Lunatic asylums in Bengal annual reports 1899-1911 - 1899-1911
Year: 1899
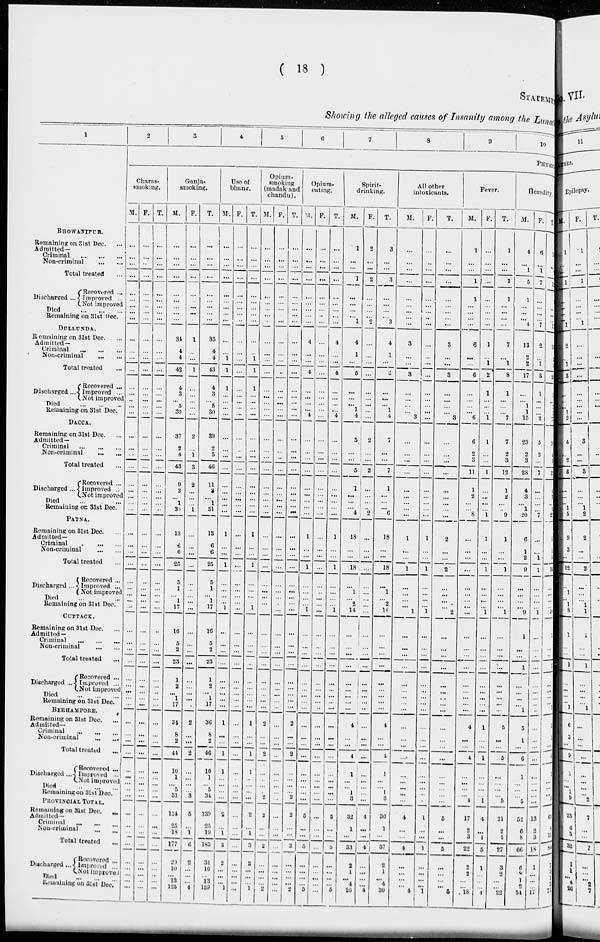
( 18 )
STATEMENT
Showing the alleged causes of Insanity among the Lunatic
1
BHOWANIPUR.
Remaining on 31st Dec. ...
Admitted—
Criminal
...
...
...
Non-criminal
...
...
Total treated ...
Discharged ...
Recovered ...
Improved ...
Not improved
Died
...
...
...
Remaining on 31st Dec.
DULLUNDA.
Remaining on 31st Dec. ...
Admitted —
Criminal
...
...
...
Non-criminal
...
...
Total treated ...
Discharged...
Recovered ...
Improved ...
Not improved
Died
...
...
...
Remaining on 31st Dec.
DACCA.
Remaining on 31st Dec. ...
Admitted—
Criminal
...
...
...
Non-criminal
...
...
Total treated ...
Discharged ...
Recovered ...
Improved ...
Not improved
Died ... ...
Remaining on 31st Dec.
PATNA.
Remaining on 31st Dec. ...
Admitted—
Criminal ... ...
Non-criminal
...
...
Total treated ...
Discharged ..
Recovered ...
Improved ...
Not improved
Died ... ...
Remaining on 31st Dec.
CUTTACK.
Remaining on 31st Dec.
Admitted —
Criminal
...
...
...
Non-criminal
...
...
Total treated ...
Discharged ...
Recovered ...
Improved ...
Not improved
Died
...
...
...
Remaining on 31st Dec.
BERHAMPORE.
Remaining on 31st Dec. ...
Admitted—
Criminal
...
...
...
Non-criminal
...
...
Total treated ...
Discharged ...
Recovered ...
Improved ...
Not improved
Died
...
...
...
Remaining on 31st Dec.
PROVINCIAL TOTAL.
Remaining on 31st Dec.
...
Admitted—
Criminal ... ... ...
Non-criminal
...
...
Total treated ...
Discharged ...
Recovered ...
Improved
...
Not-improved
Died
...
...
...
Remaining on 31st Dec.
2
3
4
5
6
7
8
9
10
PHYSIC
Charas-
smoking.
M.
...
...
...
...
...
...
...
...
...
...
...
...
...
...
...
...
...
...
...
...
...
...
...
...
...
...
...
...
...
...
...
...
...
...
...
...
...
...
...
...
...
...
...
...
...
...
...
...
...
...
...
...
...
...
...
...
...
...
...
...
...
...
...
F.
...
...
...
...
...
...
...
...
...
...
...
...
...
...
...
...
...
...
...
...
...
...
...
...
...
...
...
...
...
...
...
...
...
...
...
...
...
...
...
...
...
...
...
...
...
...
...
...
...
...
...
...
...
...
...
...
...
...
...
...
...
...
...
T.
...
...
...
...
...
...
...
...
...
...
...
...
...
...
...
...
...
...
...
...
...
...
...
...
...
...
...
...
...
...
...
...
...
...
...
...
...
...
...
...
...
...
...
...
...
...
...
...
...
...
...
...
...
...
...
...
...
...
...
...
...
...
...
Ganja-
smoking.
M.
...
...
...
...
...
...
...
...
...
34
4
4
42
4
3
...
5
30
37
2
4
43
9
3
...
1
30
13
6
6
25
5
1
...
1
17
16
5
2
23
1
2
...
1
17
34
8
2
44
10
1
...
5
31
134
25
18
177
29
10
...
13
125
F.
...
...
...
...
...
...
...
...
...
1
...
...
1
...
...
...
...
...
2
...
1
3
2
...
...
...
1
...
...
...
...
...
...
...
...
...
...
...
...
...
...
...
...
...
...
2
...
...
2
...
...
...
...
3
5
...
1
6
2
...
...
...
4
T.
...
...
...
...
...
...
...
...
...
35
4
4
43
4
3
...
5
30
39
2
5
46
11
3
...
1
31
13
6
6
25
5
1
...
1
17
16
5
2
23
1
2
...
1
17
36
8
2
46
10
1
...
5
34
139
25
19
183
31
10
...
13
129
Use of
bhang
M.
...
...
...
...
...
...
...
...
...
...
...
1
1
1
...
...
...
...
...
...
...
...
...
...
...
...
...
1
...
...
1
...
...
...
...
1
...
...
...
...
...
...
...
...
...
1
...
...
1
1
...
...
...
...
2
...
1
3
2
...
...
...
1
F.
...
...
...
...
...
...
...
...
...
...
...
...
...
...
...
...
...
...
...
...
...
...
...
...
...
...
...
...
...
...
...
...
...
...
...
...
...
...
...
...
...
...
...
...
...
...
...
...
...
...
...
...
...
...
...
...
...
...
...
...
...
...
...
T.
...
...
...
...
...
...
...
...
...
...
...
1
1
1
...
...
...
...
...
...
...
...
...
...
...
...
...
1
...
...
1
...
...
...
...
1
...
...
...
...
...
...
...
...
...
1
...
...
1
1
...
...
...
...
2
...
1
3
2
...
...
...
1
Opium-
smoking
(madak and
chandu).
M.
...
...
...
...
...
...
...
...
...
...
...
...
...
...
...
...
...
...
...
...
...
...
...
...
...
...
...
...
...
...
...
...
...
...
...
...
...
...
...
...
...
...
...
...
...
2
...
...
2
...
...
...
...
2
2
...
...
...
2
...
...
...
...
2
F.
...
...
...
...
...
...
...
...
...
...
...
...
...
...
...
...
...
...
...
...
...
...
...
...
...
...
...
...
...
...
...
...
...
...
...
...
...
...
...
...
...
...
...
...
...
...
...
...
...
...
...
...
...
...
...
...
...
...
...
...
...
...
...
...
T.
...
...
...
...
...
...
...
...
...
...
...
...
...
...
...
...
...
...
...
...
...
...
...
...
...
...
...
...
...
...
...
...
...
...
...
...
...
...
...
...
...
...
...
...
...
2
...
...
2
...
...
...
...
2
2
...
...
...
2
...
...
...
...
2
Opium-
eating.
M.
...
...
...
...
...
...
...
...
...
4
...
...
4
...
...
...
...
4
...
...
...
...
...
...
...
...
...
1
...
...
1
...
...
...
...
1
...
...
...
...
...
...
...
...
...
...
...
...
...
...
...
...
...
...
5
...
...
5
...
...
...
...
5
F.
...
...
...
...
...
...
...
...
...
...
...
...
...
...
...
...
...
...
...
...
...
...
...
...
...
...
...
...
...
...
...
...
...
...
...
...
...
...
...
...
...
...
...
...
...
...
...
...
...
...
...
...
...
...
...
...
...
...
...
...
...
...
...
T.
...
...
...
...
...
...
...
...
...
4
...
...
4
...
...
...
...
4
...
...
...
...
...
...
...
...
...
1
...
...
1
...
...
...
...
1
...
...
...
...
...
...
...
...
...
...
...
...
...
...
...
...
...
...
5
...
...
5
...
...
...
...
5
Spirit-
drinking.
M.
1
...
...
1
...
...
...
...
1
4
1
...
5
...
...
...
1
4
5
...
...
5
1
...
...
...
4
18
...
...
18
...
1
...
2
14
...
...
...
...
...
...
...
...
...
4
...
...
4
1
...
...
1
3
32
1
...
33
2
1
...
4
26
F.
2
...
...
2
...
...
...
...
2
...
...
...
...
...
...
...
...
...
2
...
...
2
...
...
...
...
2
...
...
...
...
...
...
...
...
...
...
...
...
...
...
...
...
...
...
...
...
...
...
...
...
...
...
...
4
...
...
4
...
...
...
...
4
T.
3
...
...
3
...
...
...
...
3
4
1
...
5
...
...
...
1
4
7
...
...
7
1
...
...
...
6
18
...
...
18
...
1
...
2
14
...
...
...
...
...
...
...
...
...
4
...
...
4
1
...
...
1
3
36
1
...
37
2
1
...
4
30
All other
intoxicants.
M.
...
...
...
...
...
...
...
...
...
3
...
...
3
...
...
...
...
3
...
...
...
...
...
...
...
...
...
1
...
...
1
...
...
...
...
1
...
...
...
...
...
...
...
...
...
...
...
...
...
...
...
...
...
...
4
...
...
4
...
...
...
...
4
F.
...
...
...
...
...
...
...
...
...
...
...
...
...
...
...
...
...
...
...
...
...
...
...
...
...
...
...
1
...
...
1
...
...
...
...
1
...
...
...
...
...
...
...
...
...
...
...
...
...
...
...
...
...
...
1
...
...
1
...
...
...
...
1
T.
...
...
...
...
...
...
...
...
...
3
...
...
3
...
...
...
...
3
...
...
...
...
...
...
...
...
...
2
...
...
2
...
...
...
...
2
...
...
...
...
...
...
...
...
...
...
...
...
...
...
...
...
...
...
5
...
...
5
...
...
...
...
5
Fever.
M.
1
...
...
1
1
...
...
...
...
6
...
...
6
...
...
...
6
6
2
3
11
1
2
...
...
8
...
...
...
...
...
...
...
...
...
...
...
...
...
...
...
...
...
...
4
...
...
4
...
...
...
...
4
17
2
3
22
2
2
...
...
18
F.
...
...
...
...
...
...
...
...
...
1
...
1
2
1
...
...
1
1
...
...
1
...
...
...
...
1
1
...
...
1
...
...
...
...
1
...
...
...
...
...
...
...
...
...
1
...
...
1
...
...
...
...
1
4
...
1
5
1
...
...
...
4
T.
1
...
...
1
1
...
...
...
...
7
...
1
8
1
...
...
7
7
2
3
12
1
2
...
...
9
1
...
...
1
...
...
...
...
1
...
...
...
...
...
...
...
...
...
5
...
...
5
...
...
...
...
5
21
2
4
27
3
2
...
...
22
Heredity
M.
4
...
1
5
1
...
...
...
4
13
2
2
17
...
...
1
1
15
23
2
3
28
4
3
...
1
20
6
1
2
9
...
...
...
...
9
1
...
...
1
...
...
...
...
1
5
1
...
6
1
...
...
...
5
52
6
8
66
6
3
1
2
54
F.
6
...
1
7
...
...
...
...
7
2
...
1
3
1
...
...
...
2
5
2
...
7
...
...
...
...
7
...
...
1
1
...
...
...
...
1
...
...
...
...
...
...
...
...
...
...
...
...
...
...
...
...
...
...
13
2
3
18
1
...
...
...
17
T.
11
...
4
12
1
...
...
...
11
11
2
3
20
1
...
1
1
17
27
4
3
35
4
3
...
1
27
6
1
3
10
...
...
...
...
10
1
...
...
1
...
...
...
...
1
5
1
...
6
1
...
...
...
5
65
8
11
84
7
3
1
2
71